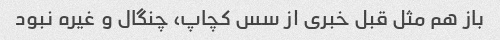
باز هم مثل قبل خبری از سس کچاپ، چنگال و غیره نبود